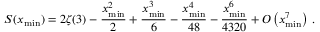
S ( x _ { \operatorname* { m i n } } ) = 2 \zeta ( 3 ) - \frac { x _ { \operatorname* { m i n } } ^ { 2 } } { 2 } + \frac { x _ { \operatorname* { m i n } } ^ { 3 } } { 6 } - \frac { x _ { \operatorname* { m i n } } ^ { 4 } } { 4 8 } - \frac { x _ { \operatorname* { m i n } } ^ { 6 } } { 4 3 2 0 } + O \left( x _ { \operatorname* { m i n } } ^ { 7 } \right) \, .